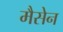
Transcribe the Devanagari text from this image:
मैसेन